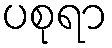
ပစုရာ